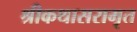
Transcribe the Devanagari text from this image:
श्रीकथासरामृत